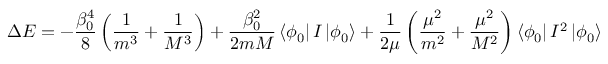
\Delta E = - \frac { \beta _ { 0 } ^ { 4 } } 8 \left( \frac 1 { m ^ { 3 } } + \frac 1 { M ^ { 3 } } \right) + \frac { \beta _ { 0 } ^ { 2 } } { 2 m M } \left< \phi _ { 0 } \right| I \left| \phi _ { 0 } \right> + \frac 1 { 2 \mu } \left( \frac { \mu ^ { 2 } } { m ^ { 2 } } + \frac { \mu ^ { 2 } } { M ^ { 2 } } \right) \left< \phi _ { 0 } \right| I ^ { 2 } \left| \phi _ { 0 } \right>